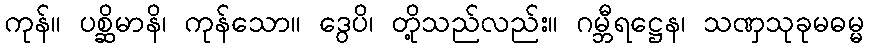
ကုန်။ ပစ္ဆိမာနိ၊ ကုန်သော။ ဒွေပိ၊ တို့သည်လည်း။ ဂမ္ဘီရဋ္ဌေန၊ သဏှသုခုမဓမ္မ